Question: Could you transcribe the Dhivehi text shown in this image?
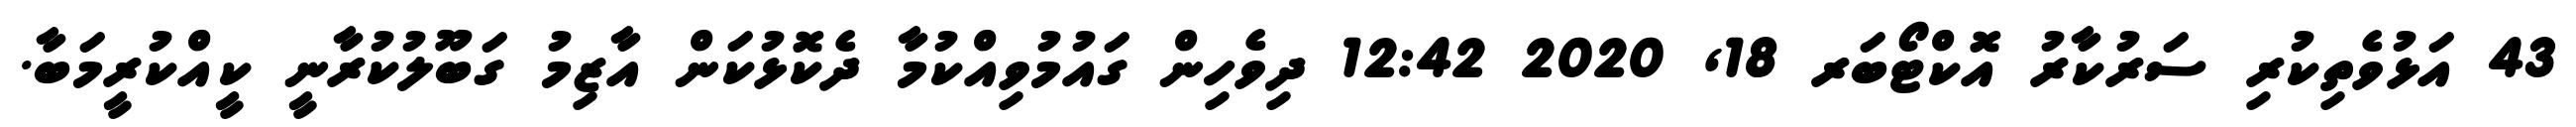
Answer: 43 އަޅުވެތިކުރި ސަރުކާރު އޮކްޓޯބަރ 18, 2020 12:42 ދިވެހިން ގައުމުވިއްކުމާ ދެކޮޅުކަން އާޒިމު ގަބޫލުކުރާނީ ކީއްކުރީމަބާ.